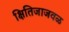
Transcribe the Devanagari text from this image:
क्षितिजाजवळ